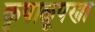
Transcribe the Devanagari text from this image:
कृपाळूपणा